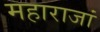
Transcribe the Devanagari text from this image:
महाराजां